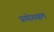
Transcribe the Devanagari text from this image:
प्रयोगक्षम